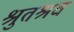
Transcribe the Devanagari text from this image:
श्रुतश्रव